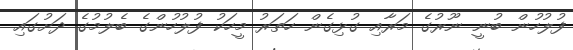
ފުލުހުން ބުނީ ނޫރުގެ މަރާއި ގުޅިގެން ހަތަރު މީހަކު ފުލުހުންގެ ބެލުމުގެ ދަށުގައި